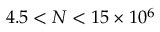
4 . 5 < N < 1 5 \times 1 0 ^ { 6 }